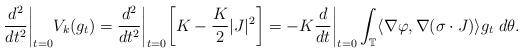
LaTeX: \begin{align*}\frac{d^{2}}{dt^{2}}\bigg|_{t=0}V_k(g_t) =\frac{d^{2}}{dt^{2}}\bigg|_{t=0}\bigg[K-\frac{K}{2} |J|^{2}\bigg] =-K\frac{d}{dt}\bigg|_{t=0}\int_{\mathbb T} \langle \nabla\varphi, \nabla(\sigma\cdot J)\rangle g_{t} ~ d\theta . \end{align*}